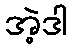
အဲ့ဒါ